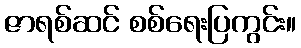
ဇာရစ်ဆင် စစ်ရေးပြကွင်း။